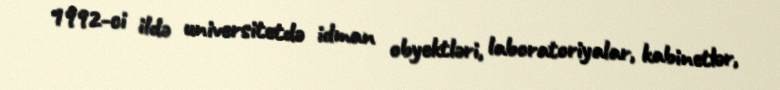
1992-ci ildə universitetdə idman obyektləri, laboratoriyalar, kabinetlər,